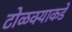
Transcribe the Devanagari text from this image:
टोळक्याकडे